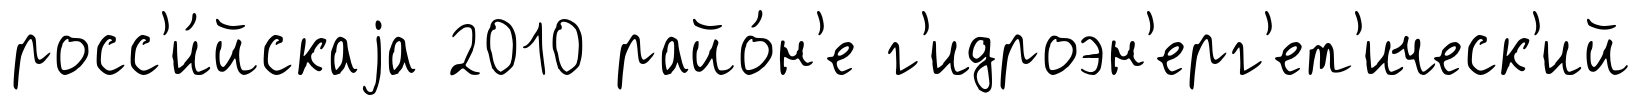
росс'и́йскаjа 2010 райо́н'е г'идроэн'ерг'ет'ическ'ий